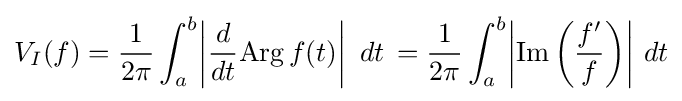
V_{I}(f)={\frac {1}{2\pi }}\int _{a}^{b}\!\left|{\frac {d}{dt}}{\rm {Arg}}\,f(t)\right|\,\,dt\,={\frac {1}{2\pi }}\int _{a}^{b}\!\left|{\rm {Im}}\left({\frac {f'}{f}}\right)\right|\,dt